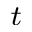
^ t